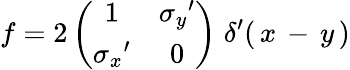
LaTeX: f=2\left(\begin{array}{cc}{{1}}&{{{\sigma_{y}}^{\prime}}}\\ {{{\sigma_{x}}^{\prime}}}&{{0}}\end{array}\right)\; \delta^{\prime}(\, x\, -\, y\, )